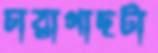
চারাগাছটা